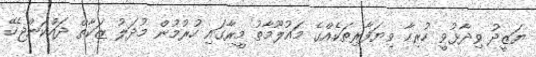
ޔަޒީދު ވިދާޅުވީ ހުރިހާ ވިޔަފާރިތަކެއްގެ މައުލޫމާތު މީރާގައި ހުރުމުން މުދަލު ޒަކާތް ދައްކަންޖެހޭ